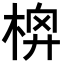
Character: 𣔬